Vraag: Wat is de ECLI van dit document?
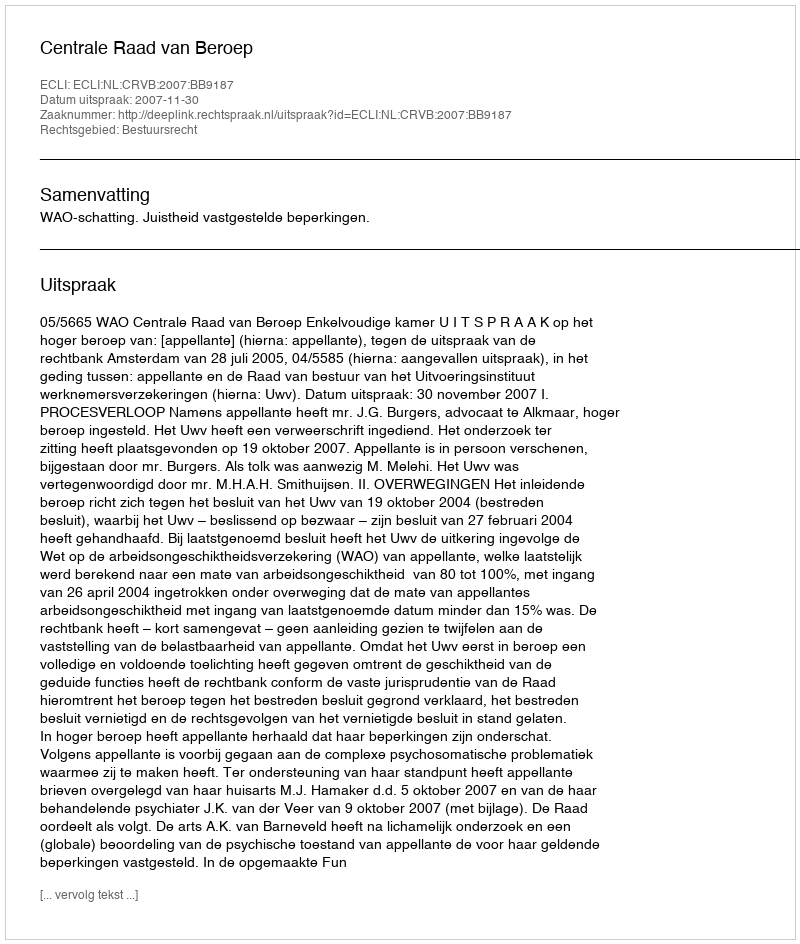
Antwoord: ECLI:NL:CRVB:2007:BB9187